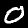
Label: 0